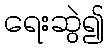
ရေးဆွဲ၍